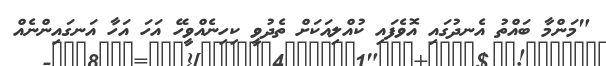
"މަންމާ ބައްތު އެނދުގައި އޮވެފައި ކުއްލިއަކަށް ތެދުވީ ކިހިނެއްވީހޭ އަހަ އަހާ އަނގައިންނެއް